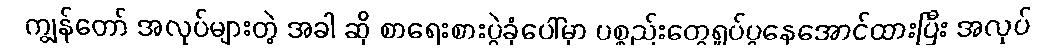
ကျွန်တော် အလုပ်များတဲ့ အခါ ဆို စာရေးစားပွဲခုံပေါ်မှာ ပစ္စည်းတွေရှုပ်ပွနေအောင်ထားပြီး အလုပ်